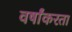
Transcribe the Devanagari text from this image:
वर्षांकरता